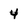
Character: 4